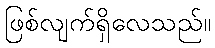
ဖြစ်လျက်ရှိလေသည်။